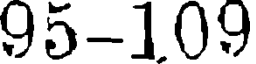
95-109